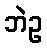
ဘဲဥ